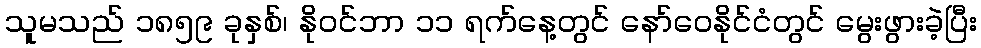
သူမသည် ၁၈၅၉ ခုနှစ်၊ နိုဝင်ဘာ ၁၁ ရက်နေ့တွင် နော်ဝေနိုင်ငံတွင် မွေးဖွားခဲ့ပြီး